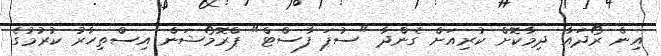
އިން ރޯދައާ ދިމާކޮށް ކުރިއަށް ގެންދާ "ސުޕަ ފާސްޓް" ޕްރޮމޯޝަން އިސްތިހާރު ކުރުމުގެ